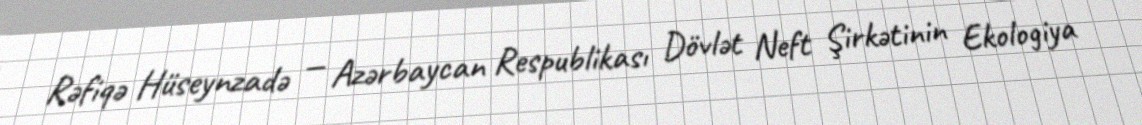
Rəfiqə Hüseynzadə — Azərbaycan Respublikası Dövlət Neft Şirkətinin Ekologiya